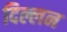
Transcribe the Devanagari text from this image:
दिल्लन